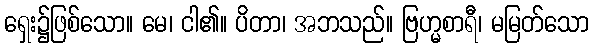
ရှေး၌ဖြစ်သော။ မေ၊ ငါ၏။ ပိတာ၊ အဘသည်။ ဗြဟ္မစာရီ၊ မမြတ်သော